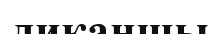
диқаншы